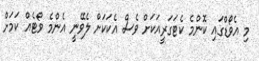
މި އެވޯޑްގައި ކޮންމެ ކެޓަގަރީއަކަށް ވެސް އެކަކަށް ލެވޭނީ އެންމެ ވޯޓެއް ކަމަށް